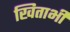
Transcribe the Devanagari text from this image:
खिताभी